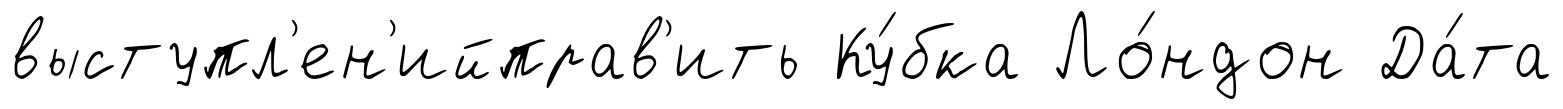
выступл'ен'ийправ'ить Ку́бка Ло́ндон Да́та